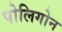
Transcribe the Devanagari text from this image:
पोलिगोन